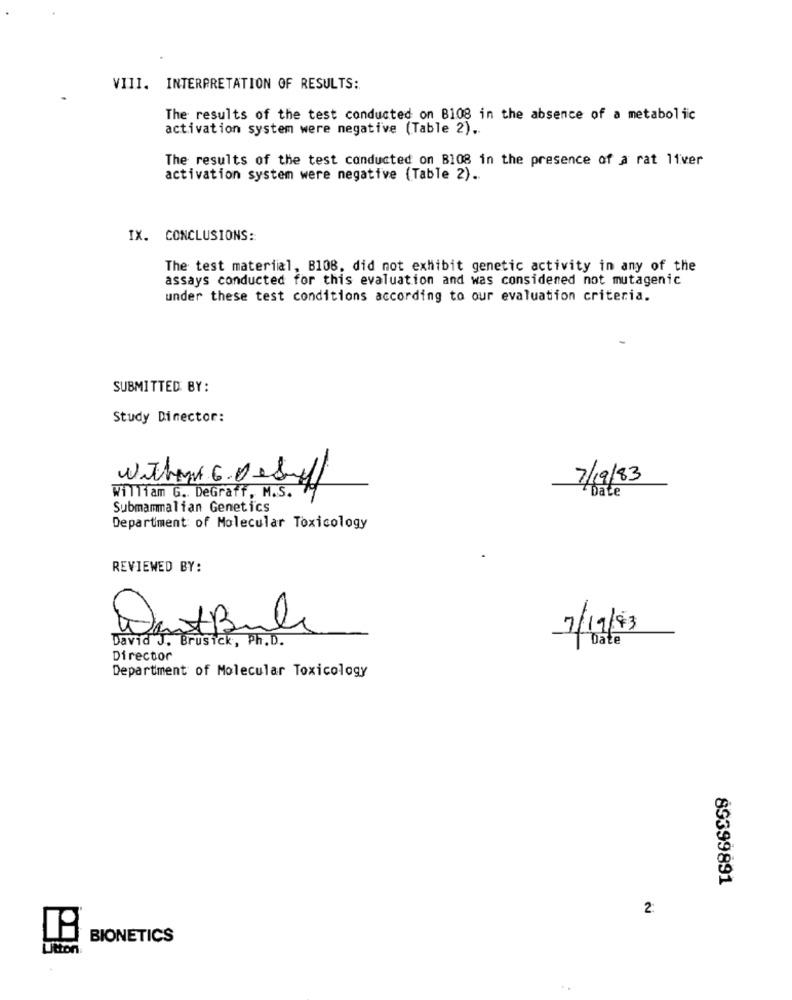
VIII. INTERPRETATION OF RESULTS:
The results of the test conducted on B108 in the absence of a metabolic
activation system were negative (Table 2) ..
The results of the test conducted on B108 in the presence of a rat 11ver
activation system were negative (Table 2) ..
IX. CONCLUSIONS:
The test material, B108, did not exhibit genetic activity in any of the
assays conducted for this evaluation and was considered not mutagenic
under these test conditions according to our evaluation criteria.
SUBMITTED BY:
Study Director:
without 6.Desof
7/19/83
William G. DeGraff, M.S.
Date
Submammalian Genetics
Department of Molecular Toxicology
REVIEWED BY:
DastBule
7/19/83
David J. Brusick, Ph.D.
Date
Director
Department of Molecular Toxicology
89399891
2:
BIONETICS
Utton